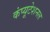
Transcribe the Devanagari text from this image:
कंप्‍यूटेशनल